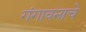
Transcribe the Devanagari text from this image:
गंगावनाचे